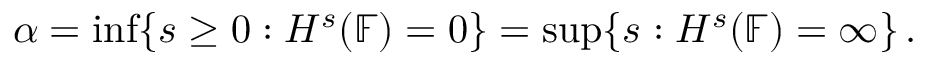
\alpha = \operatorname* { i n f } \{ s \ge 0 : { \cal H } ^ { s } ( \mathbb { F } ) = 0 \} = \operatorname* { s u p } \{ s : { \cal H } ^ { s } ( \mathbb { F } ) = \infty \} \, .